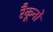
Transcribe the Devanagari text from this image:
रैकूनों